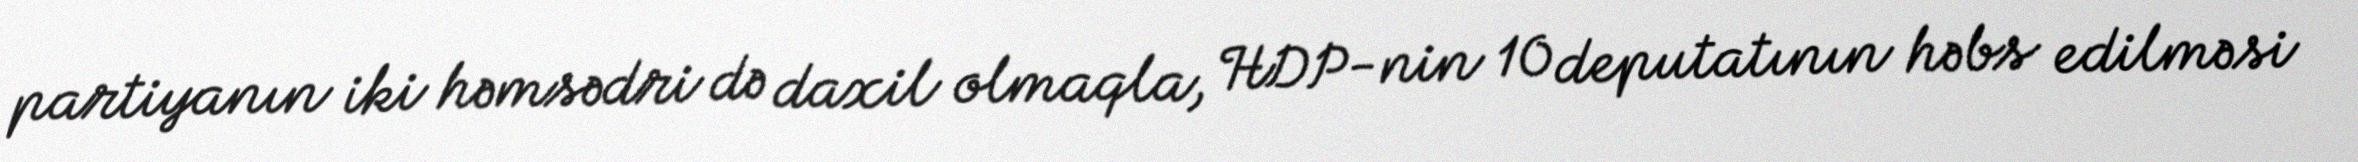
partiyanın iki həmsədri də daxil olmaqla, HDP-nin 10 deputatının həbs edilməsi